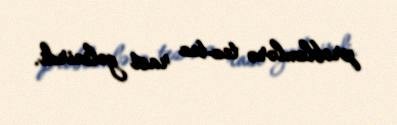
problemlərə tez-tez rast gəlinirdi.